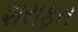
શરાફત